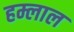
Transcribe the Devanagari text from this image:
हम्लाल